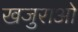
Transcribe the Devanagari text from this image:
खजुराओ